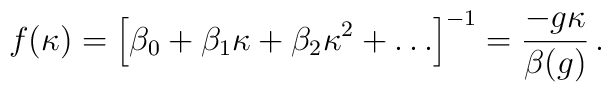
f(\kappa) = \left[ \beta_{0} + \beta_{1} \kappa + \beta_{2} \kappa^{2} +\ldots \right]^{-1} = \frac{- g \kappa}{\beta (g)}\, .